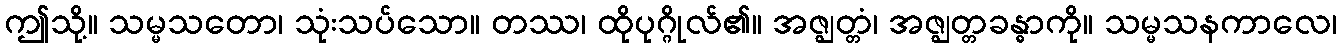
ဤသို့။ သမ္မသတော၊ သုံးသပ်သော။ တဿ၊ ထိုပုဂ္ဂိုလ်၏။ အဇ္ဈတ္တံ၊ အဇ္ဈတ္တခန္ဓာကို။ သမ္မသနကာလေ၊